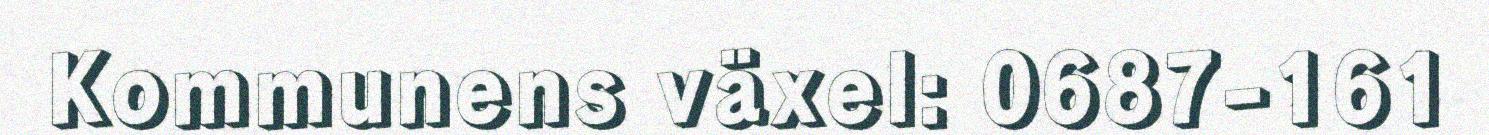
Kommunens växel: 0687-161